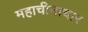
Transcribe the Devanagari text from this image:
महाचीनाचार